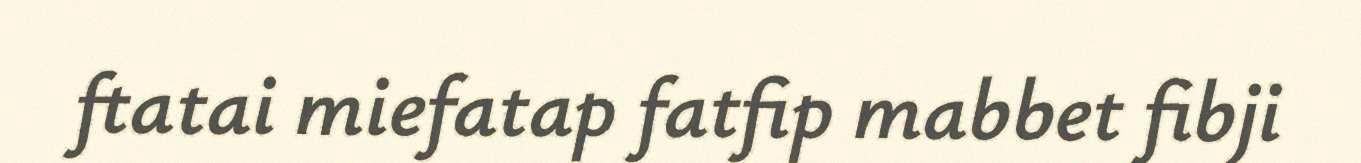
ftatai miefatap fatfip mabbet fibji